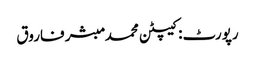
رپورٹ: کیپٹن محمد مبشر فاروق